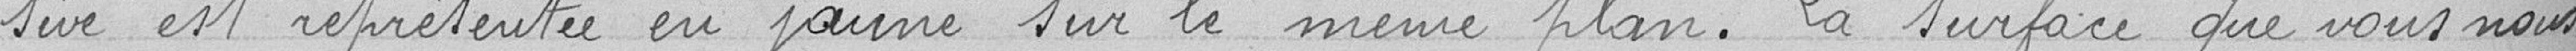
-sive est représentée en jaune sur le même plan. La surface que vous nous